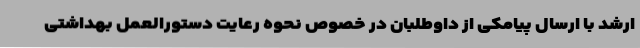
ارشد با ارسال پیامکی از داوطلبان در خصوص نحوه رعایت دستورالعمل بهداشتی